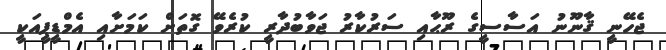
ޖެހޭނީ ޤާނޫނު އަސާސީގެ ރޫޙާއި ސަރުކާރު ޖަވާބުދާރީ ކުރެވޭ ގޮތަށް ކަމަށާއި އެމްޑީޕީއަކީ